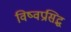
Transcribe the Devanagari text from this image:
विष्वप्रसिद्ध